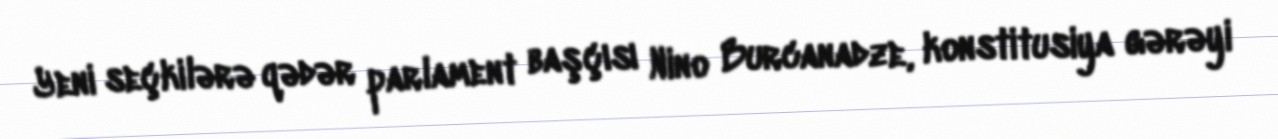
Yeni seçkilərə qədər parlament başçısı Nino Burcanadze, konstitusiya gərəyi